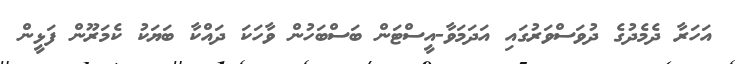
އަހަރާ ދެމެދުގެ ދުވަސްވަރުގައި އަދަމަވާ-އީސްޓަން ބަސްބަހުން ވާހަކަ ދައްކާ ބަޔަކު ކެެމަރޫން ފަޅީން